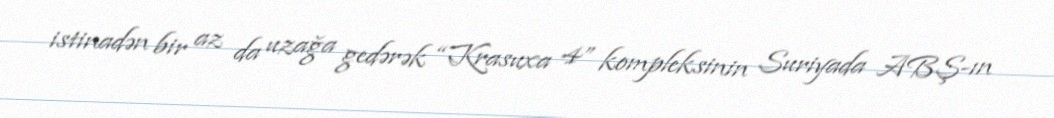
istinadən bir az da uzağa gedərək “Krasuxa 4” kompleksinin Suriyada ABŞ-ın